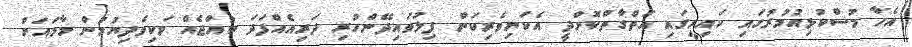
އެހާ މުސްކުޅިއުމުރުގައި ކައިރީގައި އަތްގާތްކޮށްދީ އެކަނިވެރިކަން ފިލުވައިދޭންހުރި ދަރިއެއްފަދަ ކުއްޖެއް ވަކިވެދިޔުމުން މާމައަށް